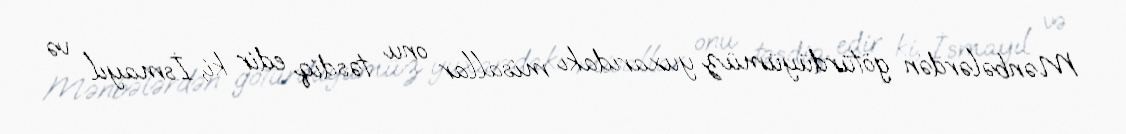
Mənbələrdən götürdüyümüz yuxarıdakı misallar onu təsdiq edir ki, İsmayıl və